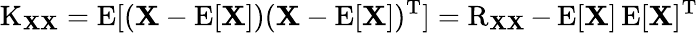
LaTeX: \operatorname{K}_{\mathbf{X}\mathbf{X}}=\operatorname{E}[(\mathbf{X}-\operatorname{E}[\mathbf{X}])(\mathbf{X}-\operatorname{E}[\mathbf{X}])^{\mathrm{{T}}}]=\operatorname{R}_{\mathbf{X}\mathbf{X}}-\operatorname{E}[\mathbf{X}]\operatorname{E}[\mathbf{X}]^{\mathrm{{T}}}